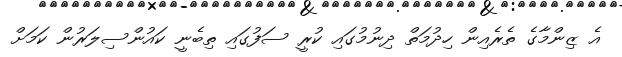
އެ ޒިންމާގެ ތެރެއިން ހިދުމަތް ދިނުމުގައި ކުރީ ސަފުގައި ތިބެނީ ކައުންސިލަރުން ކަމަށް